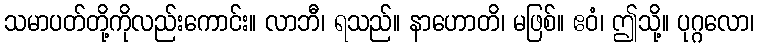
သမာပတ်တို့ကိုလည်းကောင်း။ လာဘီ၊ ရသည်။ နာဟောတိ၊ မဖြစ်။ ဧဝံ၊ ဤသို့။ ပုဂ္ဂလော၊